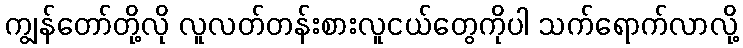
ကျွန်တော်တို့လို လူလတ်တန်းစားလူငယ်တွေကိုပါ သက်ရောက်လာလို့